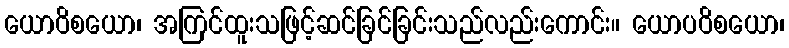
ယောဝိစယော၊ အကြင်ထူးသဖြင့်ဆင်ခြင်ခြင်းသည်လည်းကောင်း။ ယောပဝိစယော၊